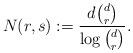
LaTeX: \begin{align*}N(r,s) := \frac{d{d\choose r}}{\log {d\choose r}}. \end{align*}